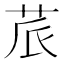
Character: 𮎬